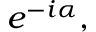
e ^ { - i \alpha } ,